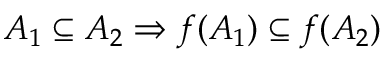
A _ { 1 } \subseteq A _ { 2 } \Rightarrow f ( A _ { 1 } ) \subseteq f ( A _ { 2 } )